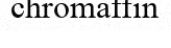
chromaffin